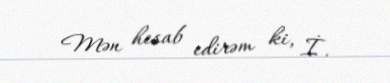
Mən hesab edirəm ki, İ.